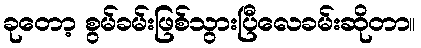
ခုတော့ စွမ်ခမ်းဖြစ်သွားပြီလေခမ်းဆိုတာ။